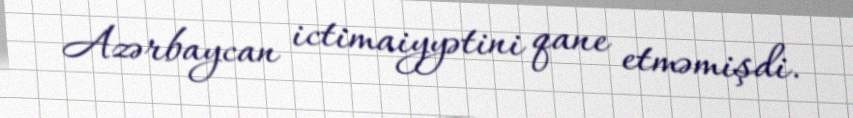
Azərbaycan ictimaiyyətini qane etməmişdi.